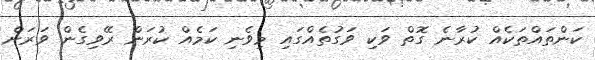
ކަންތައްތަކެއް ކުރާނެ ގޮތް ވަކި ވަގުތެއްގައި މިވެނި ކަމެއް ކުރަން ރޭވިގެން ވަރަށް